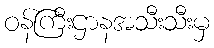
ဝန်ကြီးဌာနအသီးသီးမှ